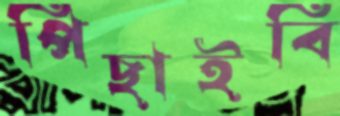
পিছাইবি